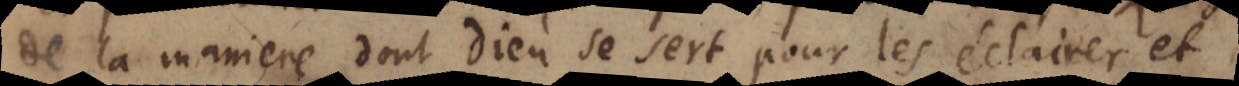
de la maniere dont Dieu se sert pour les éclairer et